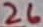
Text: 26